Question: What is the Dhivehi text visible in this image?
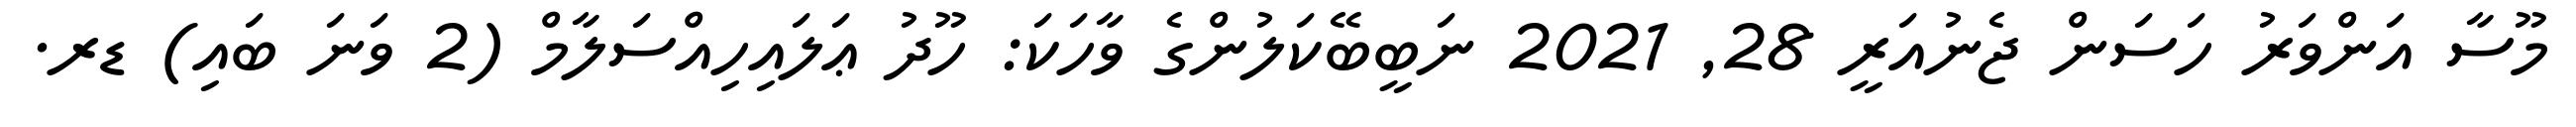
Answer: މޫސާ އަންވަރު ހަސަން ޖެނުއަރީ 28, 2021 ނަބީބޭކަލުންގެ ވާހަކަ: ހޫދު ޢަލައިހިއްސަލާމް (2 ވަނަ ބައި) ޑރ.